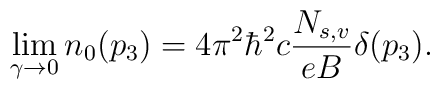
\lim_{\gamma \to 0} n_0 (p_3)  =  4 \pi^2 \hbar^2 c \frac{N_{s,v}}{e B}\delta(p_3).